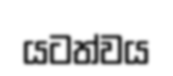
යටත්වය